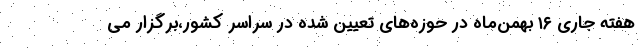
هفته جاری ۱۶ بهمن‌ماه در حوزه‌های تعیین شده در سراسر کشور،برگزار می